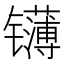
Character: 𬮁